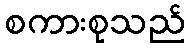
စကားစုသည်